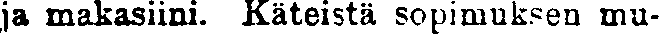
ja makasiini. Käteistä sopimuksen mu-